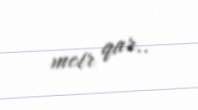
metr qar..